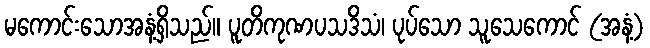
မကောင်းသောအနံ့ရှိသည်။ ပူတိကုဏပသဒိသံ၊ ပုပ်သော သူသေကောင် (အနံ့)